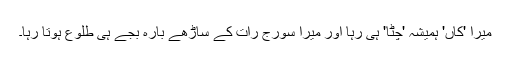
میرا 'کاں' ہمیشہ 'چٹّا' ہی رہا اور میرا سورج رات کے ساڑھے بارہ بجے ہی طلوع ہوتا رہا۔